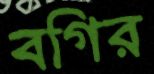
বগির